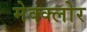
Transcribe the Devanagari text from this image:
मेक्क्लोर